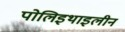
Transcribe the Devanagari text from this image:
पोलिइथाइलीन